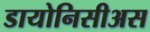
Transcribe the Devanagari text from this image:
डायोनिसीअस